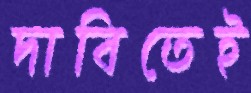
দাবিতেই